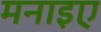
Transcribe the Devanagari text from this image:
मनाइए